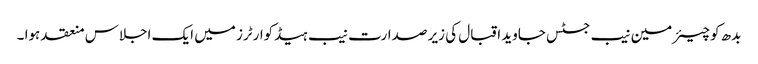
بدھ کو چیئرمین نیب جسٹس جاوید اقبال کی زیر صدارت نیب ہیڈکوارٹرز میں ایک اجلاس منعقد ہوا ۔